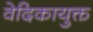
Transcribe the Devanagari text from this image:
वेदिकायुक्त